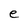
Character: e